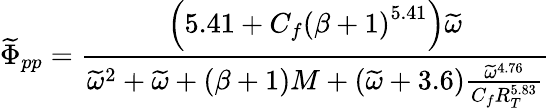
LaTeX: \widetilde{\Phi}_{pp}=\frac{\left(5.41+C_{f}\left(\beta+1\right)^{5.41}\right)\widetilde{\omega}}{\widetilde{\omega}^{2}+\widetilde{\omega}+(\beta+1)M+(\widetilde{\omega}+3.6)\frac{\widetilde{\omega}^{4.76}}{C_{f}R_{T}^{5.83}}}